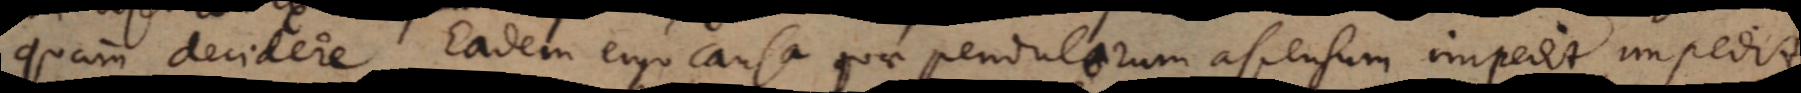
quam decidere. Eadem ergo causa quae pendulorum ascensum impedit impedit